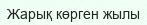
Жарық көрген жылы